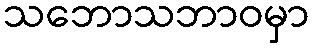
သဘောသဘာဝမှာ